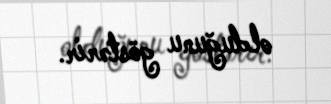
olduğunu göstərir.